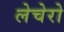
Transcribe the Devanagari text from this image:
लेचेरो